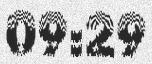
09:29